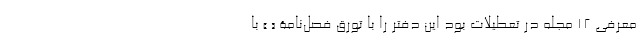
معرفی 12 مجله در تعطیلات بود این دفتر را با تورّقِ فصل‌نامۀ « » با